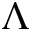
\Lambda